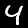
Label: 4